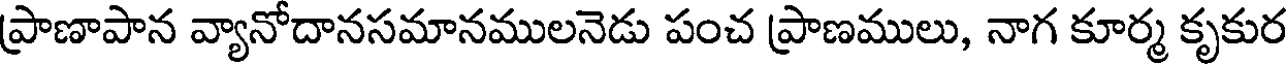
ప్రాణాపాన వ్యానోదానసమానములనెడు పంచ ప్రాణములు, నాగ కూర్మ కృకుర